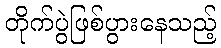
တိုက်ပွဲဖြစ်ပွားနေသည့်